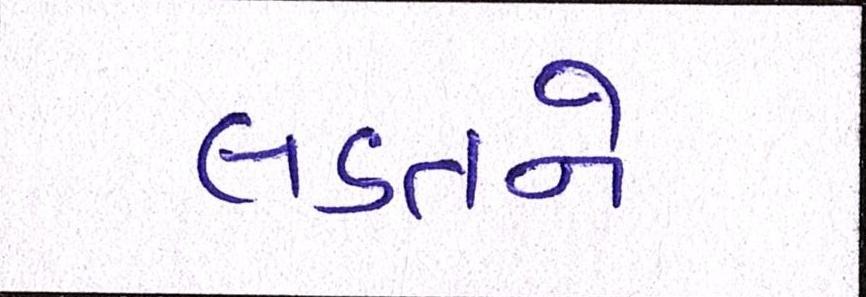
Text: લડતને